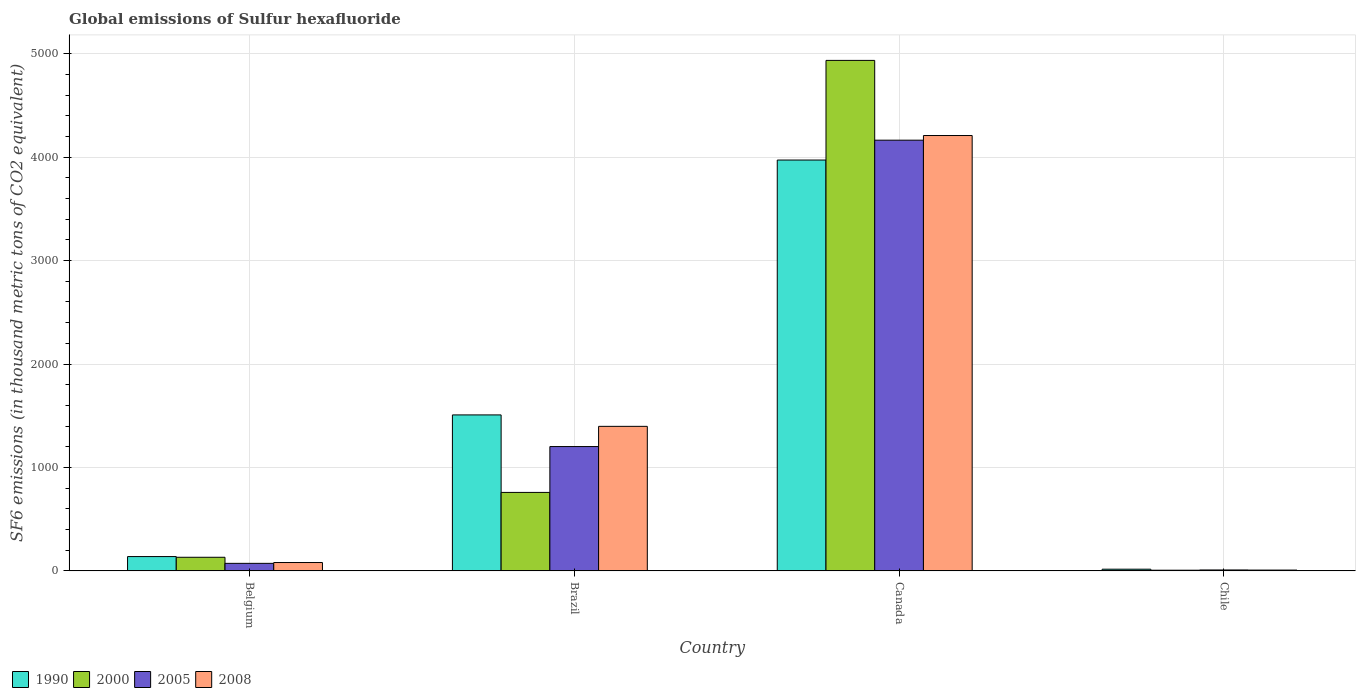
| Country | 1990 | 2000 | 2005 | 2008 |
 | --- | --- | --- | --- | --- |
 | Belgium | 138 | 132 | 72.9 | 80.9 |
 | Brazil | 1.51e+03 | 759 | 1.2e+03 | 1.4e+03 |
 | Canada | 3.97e+03 | 4.94e+03 | 4.16e+03 | 4.21e+03 |
 | Chile | 16.5 | 6.7 | 9 | 7.9 |